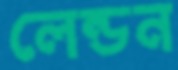
লেন্ডন